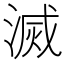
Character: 滅